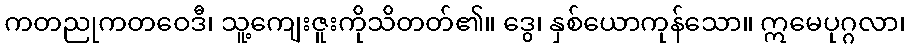
ကတညုကတဝေဒီ၊ သူ့ကျေးဇူးကိုသိတတ်၏။ ဒွေ၊ နှစ်ယောကုန်သော။ ဣမေပုဂ္ဂလာ၊